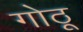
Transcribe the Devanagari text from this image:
गोठू